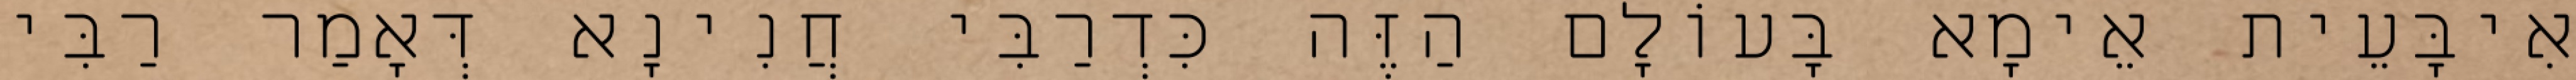
אִיבָּעֵית אֵימָא בָּעוֹלָם הַזֶּה כִּדְרַבִּי חֲנִינָא דְּאָמַר רַבִּי